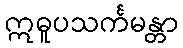
ဣဓူပသင်္ကမန္တာ